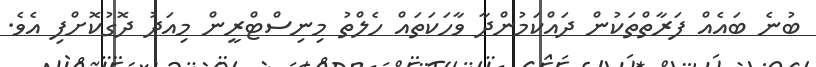
ބުނެ ބައެއް ފަރާތްތަކުން ދައްކަމުންދާ ވާހަކަތައް ހެލްތު މިނިސްޓްރީން މިއަދު ދޮގުކޮށްފި އެވެ.